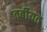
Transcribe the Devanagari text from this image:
तर्बीयत